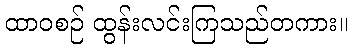
ထာဝစဉ် ထွန်းလင်းကြသည်တကား။